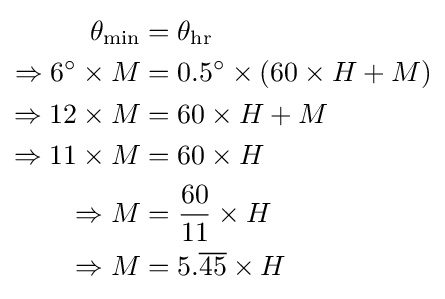
{\begin{aligned}\theta _{\text{min}}&=\theta _{\text{hr}}\\\Rightarrow 6^{\circ }\times M&=0.5^{\circ }\times (60\times H+M)\\\Rightarrow 12\times M&=60\times H+M\\\Rightarrow 11\times M&=60\times H\\\Rightarrow M&={\frac {60}{11}}\times H\\\Rightarrow M&=5.{\overline {45}}\times H\end{aligned}}